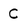
Character: C